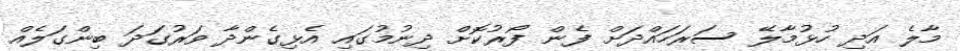
މާލެ އަދި ހުޅުމާލޭ ސަރަހައްދަށް ފެން ފޯރުކޮށް ދިނުމުގައި އެޅިގެންދާ ވަރުގަދަ ބިންގަލެއް